Vaccination North-Western Provinces 1866-1877 - 1866-1877
Year: 1866
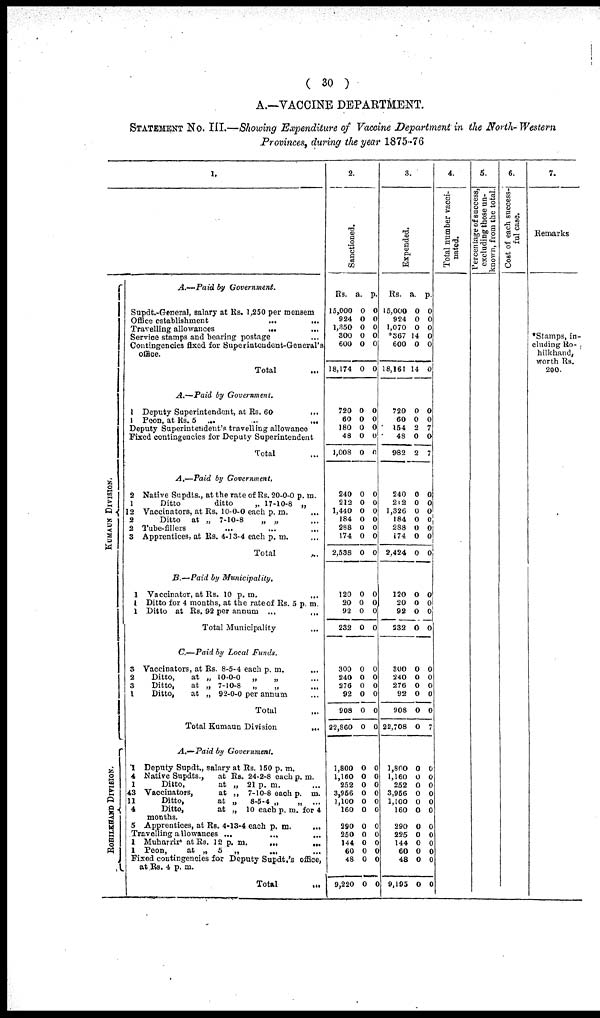
( 30 )
A.—VACCINE DEPARTMENT.
STATEMENT No. III.—Showing Expenditure of Vaccine Department in the North- Western
Provinces, during the year 1875-76
1.
KUMAUN DIVISION.
ROHILKHAHD DIVISION.
A.—Paid
by
Government.
Supdt.-General, salary at Rs. 1,250 per menem
Office establishment
...
...
Travelling allowances
...
Service stamps and bearing postage
Contingencies fixed for Superintendent-General's
office.
Total ...
A.—Paid
by
Government.
1 Deputy Superintendent, at Rs. 60
...
1 Peon, at Rs. 5
...
...
...
Deputy Superintendent's travelling allowance
Fixed contingencies for Deputy Superintendent
Total ...
A.—Paid
by
Government,
2 Native Supdts., at the rate of Rs. 20-0-0 p. m.
1
Ditto
ditto
„ 17-10-8 „
12 Vaccinators, at Rs. 10-0-0 each p. m. ...
2
Ditto
at „ 7-10-8
„ „ ...
2 Tube-fillers ... ... ...
3 Apprentices, at Rs. 4-13-4 each p. m. ...
Total ...
B.—Paid
by
Municipality.
1 Vaccinator, at Rs. 10 p. m.
...
1 Ditto for 4 months, at the rate of Rs. 5 p. m.
1 Ditto at Rs. 92 per annum
...
...
Total Municipality
...
C.—Paid by Local
Funds.
3 Vaccinators, at Rs. 8-5-4 each p. m.
...
2
Ditto,
at „ 10-0-0
„
„ ...
3
Ditto,
at „ 7-10-8
„
„ ...
1
Ditto,
at „ 92-0-0 per annum
Total ...
Total Kumaun Division
...
A.—Paid
by
Government.
1
Deputy Supdt., salary at Rs. 150 p. m.
4 Native Supdts.,
at Rs. 24-2-8 each p. m.
1
Ditto,
at „ 21 p. m.
43 Vaccinators,
at „
7-10-8 each p. m.
11
Ditto,
at „
8-6-4 „
„
...
4
Ditto,
at „ 10 each p. m. for 4
months.
5 Apprentices, at Rs. 4-13-4 each p. m.
...
Travelling allowances ...
...
...
1 Muharrir' at Rs. 12 p. m.
...
...
1 Peon,
at „
5
„
... ...
Fixed contingencies for Deputy Supdt.'s office,
at Rs. 4 p. m.
Total
...
2.
Sanctioned.
Rs.
15,000
924
1,350
300
600
18,174
720
60
180
48
1,008
240
212
1,440
184
288
174
2,538
120
20
92
232
300
240
276
92
908
32,860
1,800
1,160
252
3,956
1,100
160
290
250
144
60
48
9,220
a.
0
0
0
0
0
0
0
0
0
0
0
0
0
0
0
0
0
0
0
0
0
0
0
0
0
0
0
0
0
0
0
0
0
0
0
0
0
0
0
0
p.
0
0
0
0
0
0
0
0
0
0
0
0
0
0
0
0
0
0
0
0
0
0
0
0
0
0
0
0
0
0
0
0
0
0
0
0
0
0
0
0
3.
Expended.
Rs.
15,000
924
1,070
*367
600
18,161
720
60
154
48
982
240
212
1,326
184
288
874
2,424
120
20
92
232
300
240
276
92
908
22,708
1,800
1,160
252
3,956
1,100
160
290
225
144
60
48
9,195
a.
0
0
0
14
0
14
0
0
2
0
2
0
0
0
0
0
0
0
0
0
0
0
0
0
0
0
0
0
0
0
0
0
0
0
0
0
0
0
0
0
p.
0
0
0
0
0
0
0
0
7
0
7
0
0
0
0
0
0
0
0
0
0
0
0
0
0
0
0
7
0
0
0
0
0
0
0
0
0
0
0
0
4.
Total number vacci-
nated.
5.
Percentage of success,
excluding those un-
known, from the total.
6.
Cost of each success-
ful case.
7.
Remarks
*Stamps, in-
cluding Ro-
hilkhand,
worth Rs.
200.